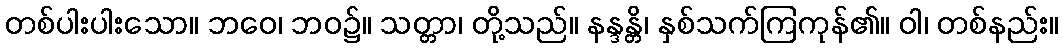
တစ်ပါးပါးသော။ ဘဝေ၊ ဘဝ၌။ သတ္တာ၊ တို့သည်။ နန္ဒန္တိ၊ နှစ်သက်ကြကုန်၏။ ဝါ၊ တစ်နည်း။